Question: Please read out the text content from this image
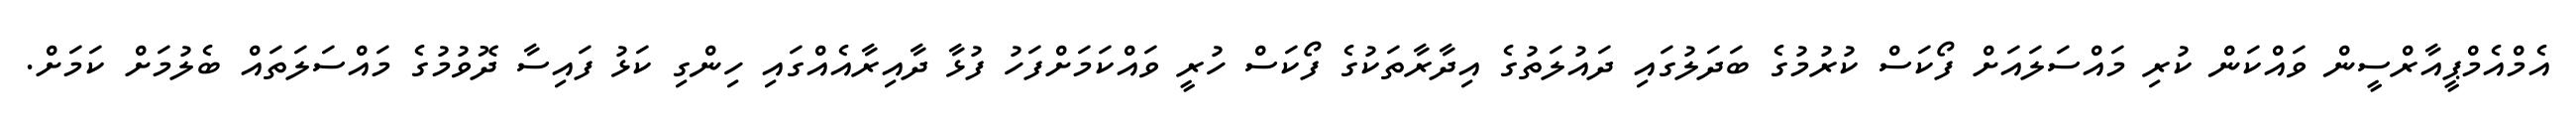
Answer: އެމްއެމްޕީއާރްސީން ވައްކަން ކުރި މައްސަލައަށް ފޯކަސް ކުރުމުގެ ބަދަލުގައި ދައުލަތުގެ އިދާރާތަކުގެ ފޯކަސް ހުރީ ވައްކަމަށްފަހު ފުޅާ ދާއިރާއެއްގައި ހިންގި ކަޅު ފައިސާ ދޮވުމުގެ މައްސަލަތައް ބެލުމަށް ކަމަށް.